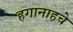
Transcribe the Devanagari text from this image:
हगानाहचे